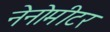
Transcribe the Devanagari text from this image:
नेनोमीटर